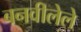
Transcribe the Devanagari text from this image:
बनवीलेले